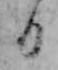
日